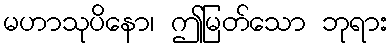
မဟာသုပိနော၊ ဤမြတ်သော ဘုရား